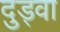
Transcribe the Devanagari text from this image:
दुड्वा